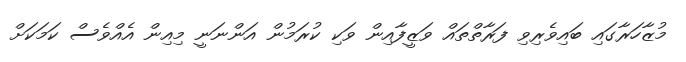
މުޒާހަރާގައި ބައިވެރިވި ފަރާތްތައް ވަޒީފާއިން ވަކި ކުރަމުން އަންނަނީ މިއިން އެއްވެސް ކަމަކަށް